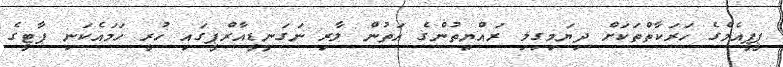
ޕީޕީއެމްގެ ހަރަކާތްތަކަަށް ދިޔަމިގިލި ރައްޔިތުންގެ އަތުން ލާރި ނަގަނީޑީއާރްޕީގައި ހުރީ ހަމައެކަނި ޕާޓީގެ